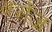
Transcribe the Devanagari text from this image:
बर्रोज